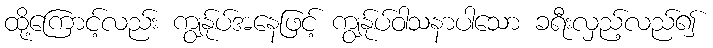
ထို့ကြောင့်လည်း ကျွန်ုပ်အနေဖြင့် ကျွန်ုပ်ဝါသနာပါသော ခရီးလှည့်လည်၍